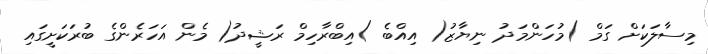
މިސާލަކަށް ގަމް )މުހަންމަދު ނިޔާޒު( އިއްބެ )އިބްރާހިމް ރަޝީދު( މެން އަހަރެންގެ ބުރަކަށީގައި